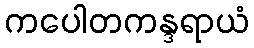
ကပေါတကန္ဒရာယံ